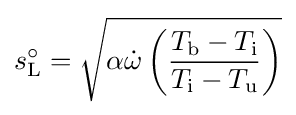
s_{\mathrm {L} }^{\circ }={\sqrt {\alpha {\dot {\omega }}\left({\dfrac {T_{\mathrm {b} }-T_{\mathrm {i} }}{T_{\mathrm {i} }-T_{\mathrm {u} }}}\right)}}